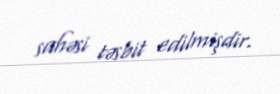
sahəsi təsbit edilmişdir.